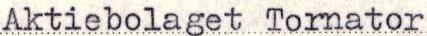
Aktiebolaget Tornator